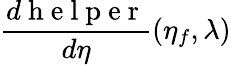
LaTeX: \frac{d\mathrm{~h~e~l~p~e~r~}}{d\eta}(\eta_{f},\lambda)